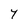
Character: Y